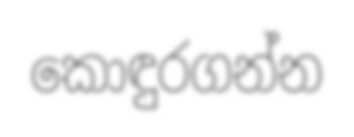
කොඳුරගන්න